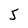
Character: 5